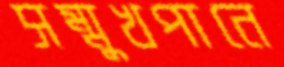
সম্মুখপানে